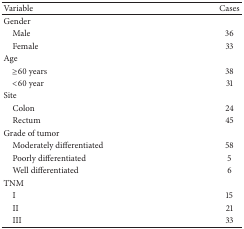
<table><thead><tr><td><b>Variable</b></td><td><b>Cases</b></td></tr></thead><tbody><tr><td>Gender</td><td> </td></tr><tr><td> Male</td><td>36</td></tr><tr><td> Female</td><td>33</td></tr><tr><td>Age</td><td> </td></tr><tr><td> ≥60 years</td><td>38</td></tr><tr><td> &lt;60 year</td><td>31</td></tr><tr><td>Site</td><td> </td></tr><tr><td> Colon</td><td>24</td></tr><tr><td> Rectum</td><td>45</td></tr><tr><td>Grade of tumor</td><td> </td></tr><tr><td> Moderately differentiated</td><td>58</td></tr><tr><td> Poorly differentiated</td><td>5</td></tr><tr><td> Well differentiated</td><td>6</td></tr><tr><td>TNM</td><td> </td></tr><tr><td> I</td><td>15</td></tr><tr><td> II</td><td>21</td></tr><tr><td> III</td><td>33</td></tr></tbody></table>